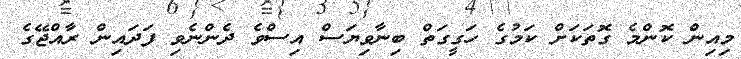
މިއިން ކޮންމެ ގޮތަކަށް ކަމުގެ ހަގީގަތް ބިނާވިޔަސް އިސްވެ ދެންނެވި ފަދައިން ރާއްޖޭގެ